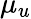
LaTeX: \mu_{u}